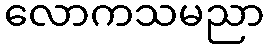
လောကသမညာ